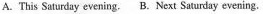
A.This Saturdny evening.B.Next Saturday evening.